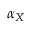
\alpha _ { X }